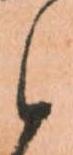
候